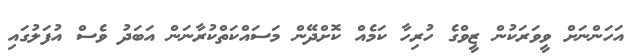
އަހަންނަށް ވީވަރަކުން ޒީވްގެ ހުރިހާ ކަމެއް ކޮށްދޭން މަސައްކަތްކުރާނަން އަބަދު ވެސް އުފަލުގައި